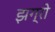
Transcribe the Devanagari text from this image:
झग्रो